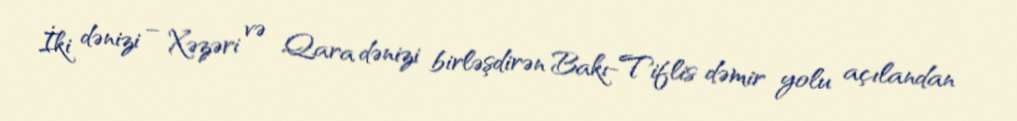
İki dənizi – Xəzəri və Qara dənizi birləşdirən Bakı-Tiflis dəmir yolu açılandan